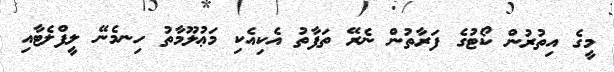
މީގެ އިތުރުން ކޯޓުގެ ފަރާތުން ނެރޭ ތަފާތު އެކިއެކި މަޢުލޫމާތު ހިނމެނޭ ލީފްލެޓާއި